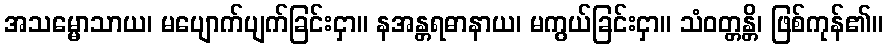
အသမ္မောသာယ၊ မပျောက်ပျက်ခြင်းငှာ။ နအန္တရဓာနာယ၊ မကွယ်ခြင်းငှာ။ သံဝတ္တန္တိ၊ ဖြစ်ကုန်၏။